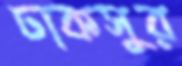
ঢাকসুর